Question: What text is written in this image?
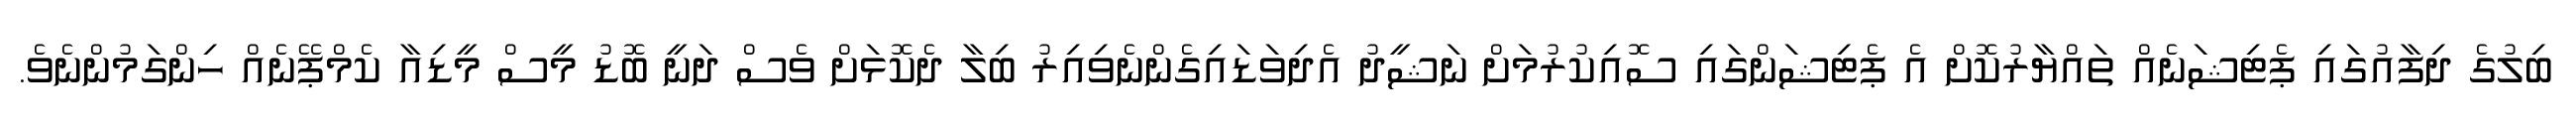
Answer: ބިލުގެ ދިފާއުގައި ޕެޓިޝަނެއް ތައްޔާރުކޮށް އެ ޕެޓިޝަންގައި ސޮއިކުރުމަށް ނަޝީދު އެދިވަޑައިގެންނެވިއިރު ބިލާ ދެކޮޅަށް ވެސް ދަނީ ބޮޑު މީސް މީޑިއާ ކެމްޕޭނެއް ހިންގަމުންނެވެ.